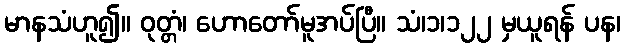
မာနသံဟူ၍။ ဝုတ္တံ၊ ဟောတော်မူအပ်ပြီ။ သံ၊၁၊၁၂၂ မှယူရန် ပန၊